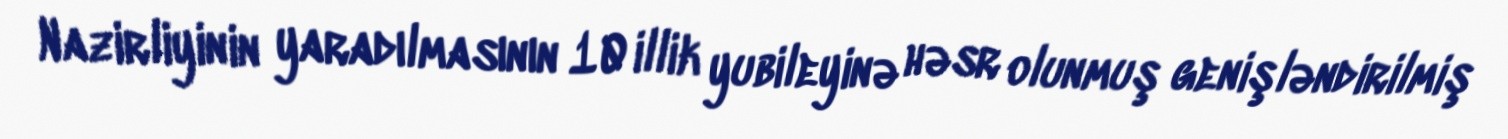
Nazirliyinin yaradılmasının 10 illik yubileyinə həsr olunmuş genişləndirilmiş